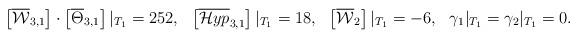
LaTeX: \begin{align*}\left[\overline{\mathcal{W}}_{3,1}\right] \cdot \left[\overline{\Theta}_{3,1}\right] |_{T_1} &= 252, & \left[\overline{\mathcal{H}yp}_{3,1}\right] |_{T_1} &= 18, & \left[\overline{\mathcal{W}}_2 \right] |_{T_1} &= -6, & \gamma_1 |_{T_1} =\gamma_2 |_{T_1} &=0.\end{align*}